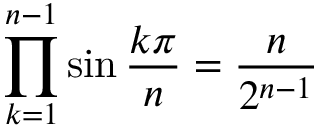
\prod _ { k = 1 } ^ { n - 1 } \sin { \frac { k \pi } { n } } = { \frac { n } { 2 ^ { n - 1 } } }